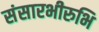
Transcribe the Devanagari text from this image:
संसारभीरुभि